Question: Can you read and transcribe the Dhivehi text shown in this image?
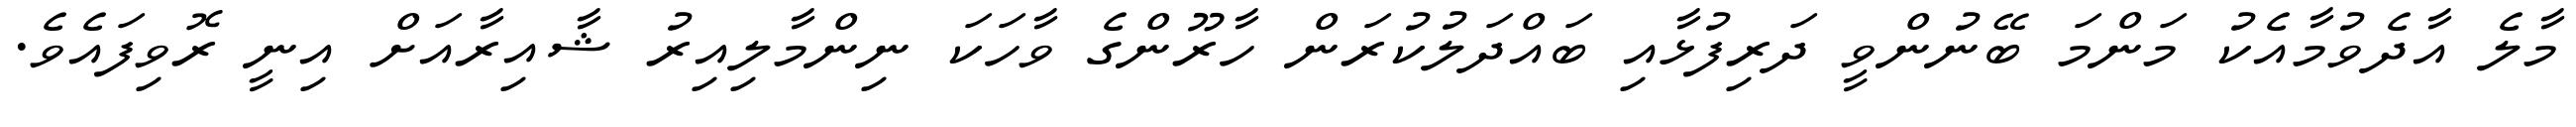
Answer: މާލެ އާދެވުމާއެކު މަންމަ ބޭނުންވީ ދަރިފުޅާއި ބައްދަލުކުރަން ހާރޫންގެ ވާހަކަ ނިންމާލިއިރު ޝާއިރާއަށް އިނީ ރޮވިފައެވެ.